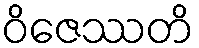
ဝိဇေဿတိ